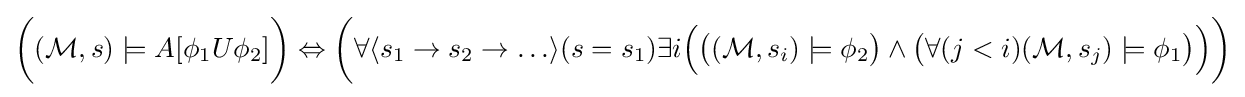
{\bigg (}({\mathcal {M}},s)\models A[\phi _{1}U\phi _{2}]{\bigg )}\Leftrightarrow {\bigg (}\forall \langle s_{1}\rightarrow s_{2}\rightarrow \ldots \rangle (s=s_{1})\exists i{\Big (}{\big (}({\mathcal {M}},s_{i})\models \phi _{2}{\big )}\land {\big (}\forall (j<i)({\mathcal {M}},s_{j})\models \phi _{1}{\big )}{\Big )}{\bigg )}